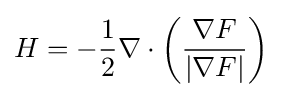
H=-{\frac {1}{2}}\nabla \cdot \left({\frac {\nabla F}{|\nabla F|}}\right)